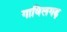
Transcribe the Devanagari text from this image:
गाविलगढ़